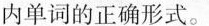
内单词的正确形式